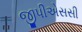
જીપીએસસી